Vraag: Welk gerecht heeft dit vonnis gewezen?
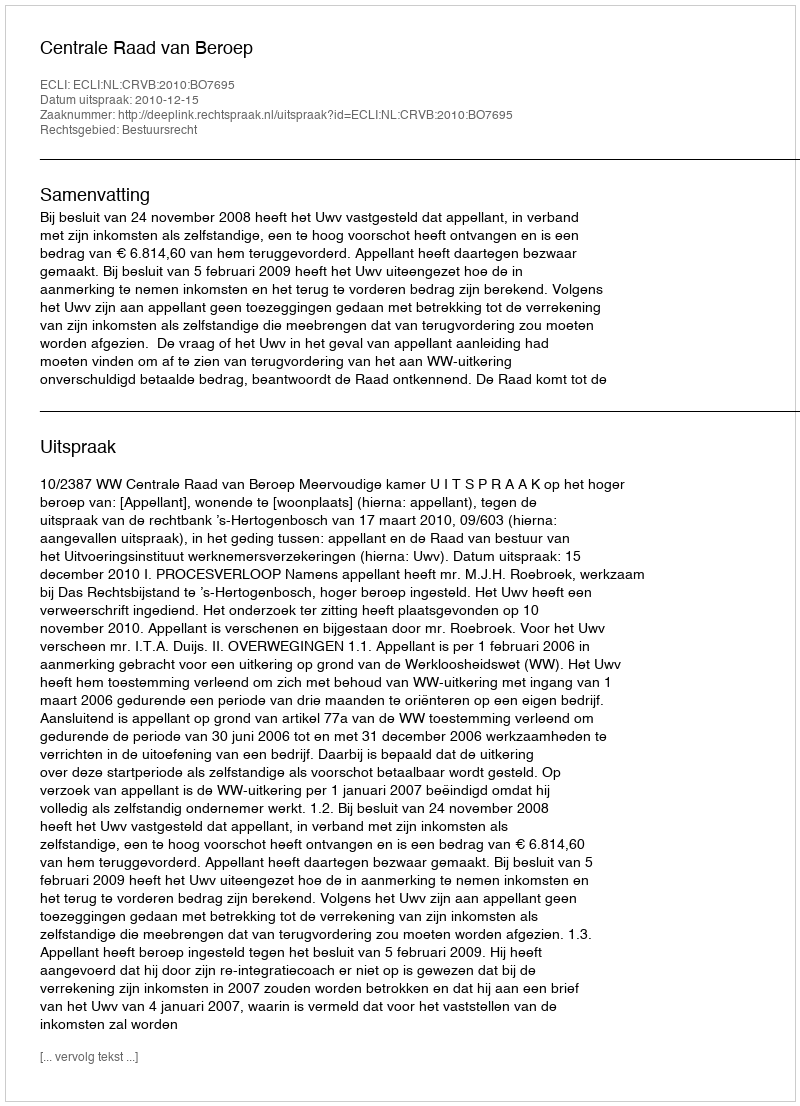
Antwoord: Centrale Raad van Beroep